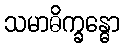
သမာဓိက္ခန္ဓော